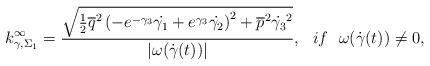
LaTeX: \begin{align*}k_{\gamma,\Sigma_1}^{\infty}=\frac{\sqrt{\frac{1}{2}\overline{q}^2\left(-e^{-\gamma_3}\dot{\gamma_1}+e^{\gamma_3}\dot{\gamma_2}\right)^2+\overline{p}^2\dot{\gamma_3}^2}}{|\omega(\dot{\gamma}(t))|},~~if ~~\omega(\dot{\gamma}(t))\neq 0,\end{align*}